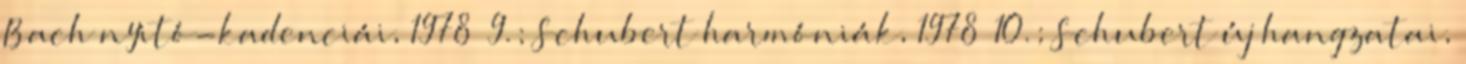
Bach nyitó-kadenciái, 1978 9.; Schubert harmóniák, 1978 10.; Schubert új hangzatai,